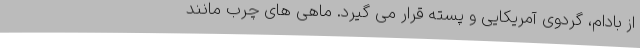
از بادام، گردوی آمریکایی و پسته قرار می گیرد. ماهی های چرب مانند